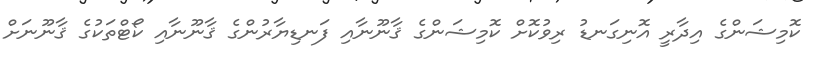
ކޮމިޝަންގެ އިދާރީ އޮނިގަނޑު ރިވުކޮށް ކޮމިޝަންގެ ޤާނޫނާއި ފަނޑިޔާރުންގެ ޤާނޫނާއި ކޯޓްތަކުގެ ޤާނޫނަށް